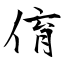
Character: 俼